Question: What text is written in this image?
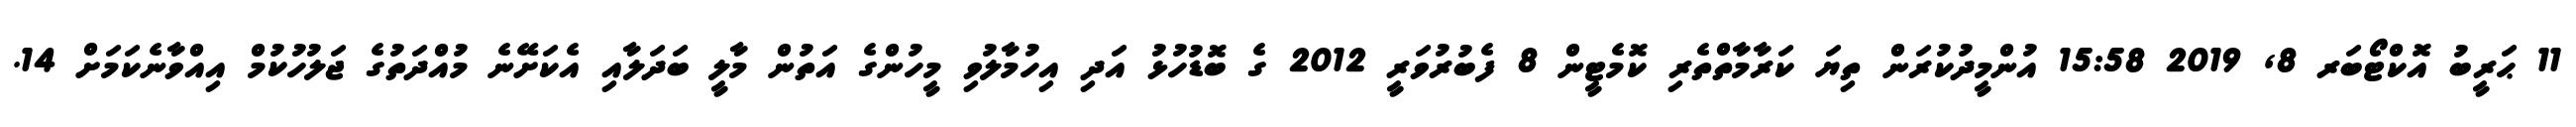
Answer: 11 ޙަރީބު އޮކްޓޯބަރ 8, 2019 15:58 އުންމީދުކުރަން ތިޔަ ކަރާމާތްތެރި ކޮމެޓީން 8 ފެބުރުވަރީ 2012 ގެ ބޮޑުހުޅު އަދި އިހުމާލުވި މީހުންގެ އަތުން މާލީ ބަދަލާއި އެކަށޭނެ މުއްދަތުގެ ޖަލުހުކުމް އިއްވާނެކަމަށް 14.